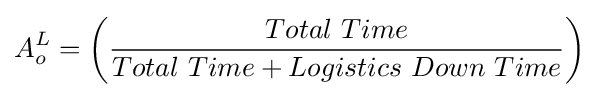
A_{o}^{L}=\left({\frac {Total\ Time}{Total\ Time+Logistics\ Down\ Time}}\right)